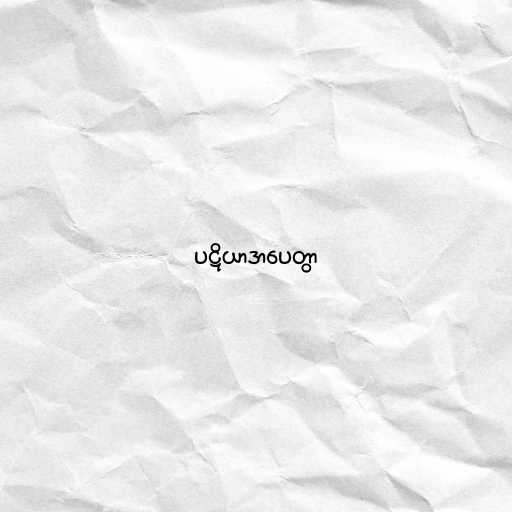
ပဋိယာဒာပေတွာ